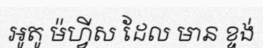
អូតូ ម៉ហ្វីស ដែល មាន ខ្ទង់